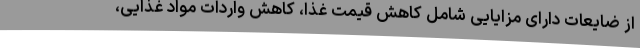
از ضایعات دارای مزایایی شامل کاهش قیمت غذا، کاهش واردات مواد غذایی،